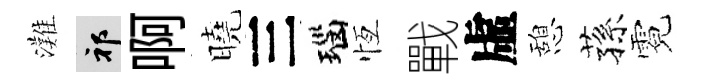
灘祁啊曉三瑙恆戰虛憩蓀霓